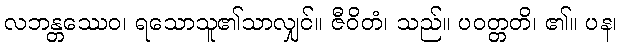
လဘန္တဿေဝ၊ ရသောသူ၏သာလျှင်။ ဇီဝိတံ၊ သည်။ ပဝတ္တတိ၊ ၏။ ပန၊